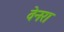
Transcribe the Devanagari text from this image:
वेनरा